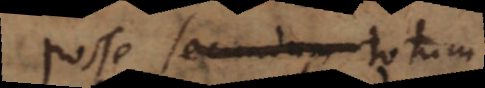
posse secundum totum